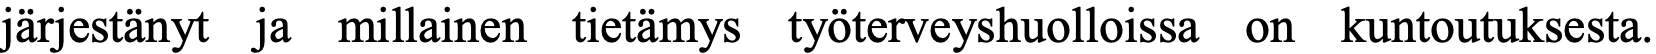
järjestänyt ja millainen tietämys työterveyshuolloissa on kuntoutuksesta.